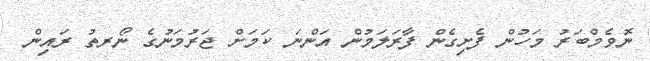
ނޮވެމްބަރު މަހުން ފެށިގެން ފާރަލަމުން އަންނަ ކަމަށް ޖަރުމަނުގެ ނޯރތު ރައިން